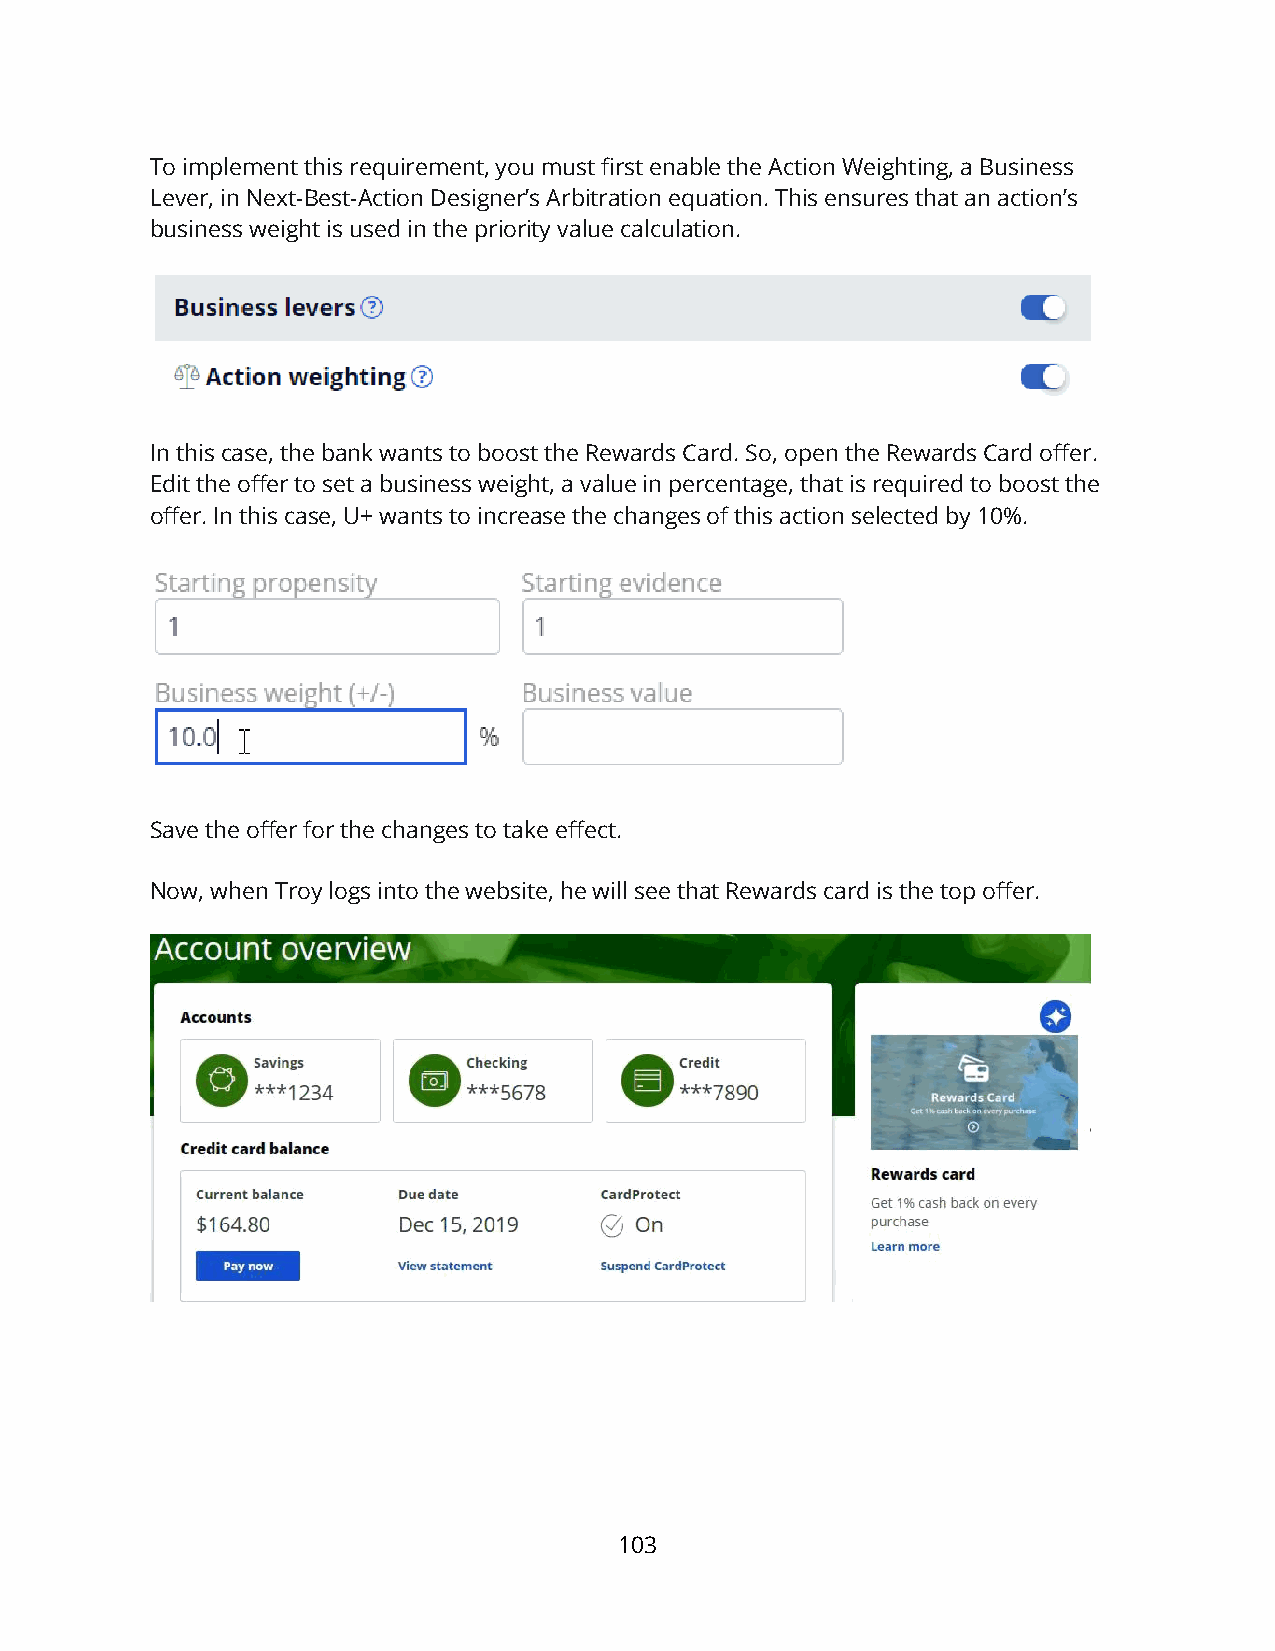
To implement this requirement, you must first enable the Action Weighting, a Business
 Lever, in Next-Best-Action Designer’s Arbitration equation. This ensures that an action’s
 business weight is used in the priority value calculation.
 In this case, the bank wants to boost the Rewards Card. So, open the Rewards Card offer.
 Edit the offer to set a business weight, a value in percentage, that is required to boost the
 offer. In this case, U+ wants to increase the changes of this action selected by 10%.
 Save the offer for the changes to take effect.
 Now, when Troy logs into the website, he will see that Rewards card is the top offer.
 103